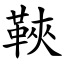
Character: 䩡